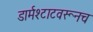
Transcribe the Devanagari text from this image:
डार्मश्टाटवरूनच